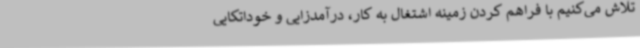
تلاش می‌کنیم با فراهم کردن زمینه اشتغال به کار، درآمدزایی و خوداتکایی